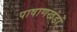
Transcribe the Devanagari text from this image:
पाषाणखंडों